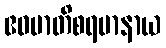
ဧဝမာတိစရမာနာယ